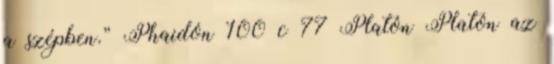
a szépben.” Phaidón 100 c 77 Platón Platón az